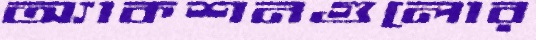
অ্যাকশনগুলোর